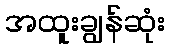
အထူးချွန်ဆုံး